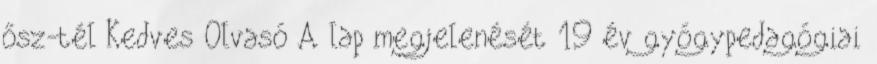
ősz-tél Kedves Olvasó A lap megjelenését 19 év gyógypedagógiai